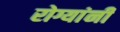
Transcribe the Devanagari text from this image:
रोग्यांनी